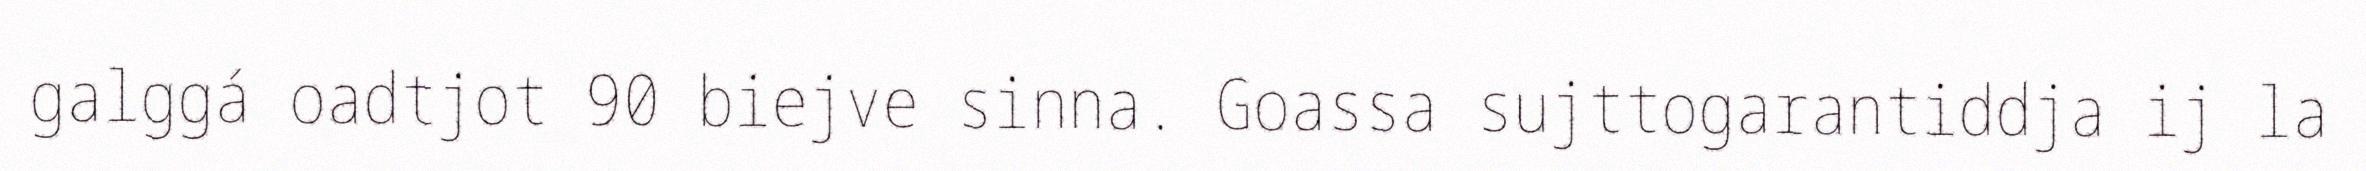
galggá oadtjot 90 biejve sinna. Goassa sujttogarantiddja ij la